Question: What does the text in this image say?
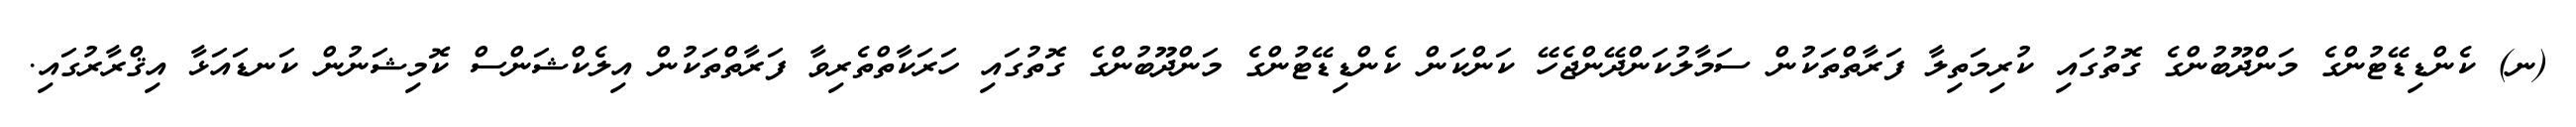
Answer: (ނ) ކެންޑިޑޭޓުންގެ މަންދޫބުންގެ ގޮތުގައި ކުރިމަތިލާ ފަރާތްތަކުން ސަމާލުކަންދޭންޖެހޭ ކަންކަން ކެންޑިޑޭޓުންގެ މަންދޫބުންގެ ގޮތުގައި ހަރަކާތްތެރިވާ ފަރާތްތަކުން އިލެކްޝަންސް ކޮމިޝަނުން ކަނޑައަޅާ އިޤްރާރުގައި.